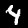
Digit: 4